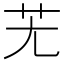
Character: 𦬍